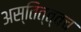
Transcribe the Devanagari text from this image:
अस्तित्त्वच